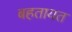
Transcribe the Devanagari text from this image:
बहतायत